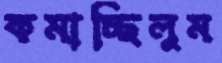
কমাচ্ছিলুম